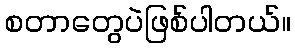
စတာတွေပဲဖြစ်ပါတယ်။